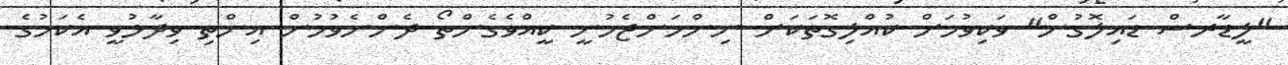
"ލީޑާރސް ޑައިލޮގުން" ވަކިވުމަށް ކުއްލިގޮތަކަށް ނިންމަންޖެހުނީ ކީއްވެގެންތޯ ދެންނެވުމުން އިންތި ވިދާޅުވީ އެކަމުގެ